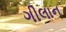
ગીલાન